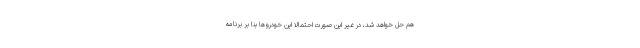
هم حل خواهد شد، در غیر این صورت احتمالاً این خودروها بنا بر برنامه